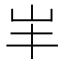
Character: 𡵄